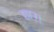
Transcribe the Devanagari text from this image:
छाउ।